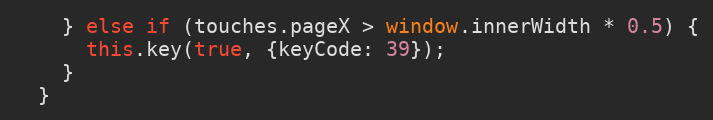
Language: JavaScript
    } else if (touches.pageX > window.innerWidth * 0.5) {
      this.key(true, {keyCode: 39});
    }
  }